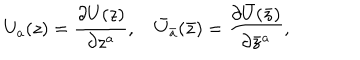
U _ { a } ( z ) = \frac { \partial U ( z ) } { \partial z ^ { a } } , \quad { \bar { U } } _ { \bar { a } } ( \bar { z } ) = \frac { \partial { \bar { U } } ( { \bar { z } } ) } { \partial { \bar { z } } ^ { a } } ,